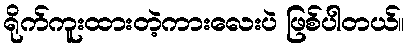
ရိုက်ကူးထားတဲ့ကားလေးပဲ ဖြစ်ပါတယ်။